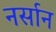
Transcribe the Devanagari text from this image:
नर्सान